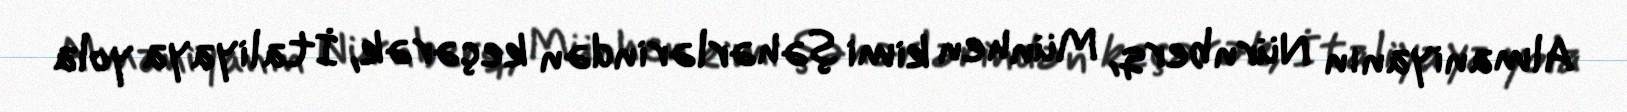
Almaniyanın Nürnberq, Münhen kimi şəhərlərindən keçərək, İtaliyaya yola